Reports on dispensaries and lunatic asylums in the Province of Oudh - 1869-1876
Year: 1869
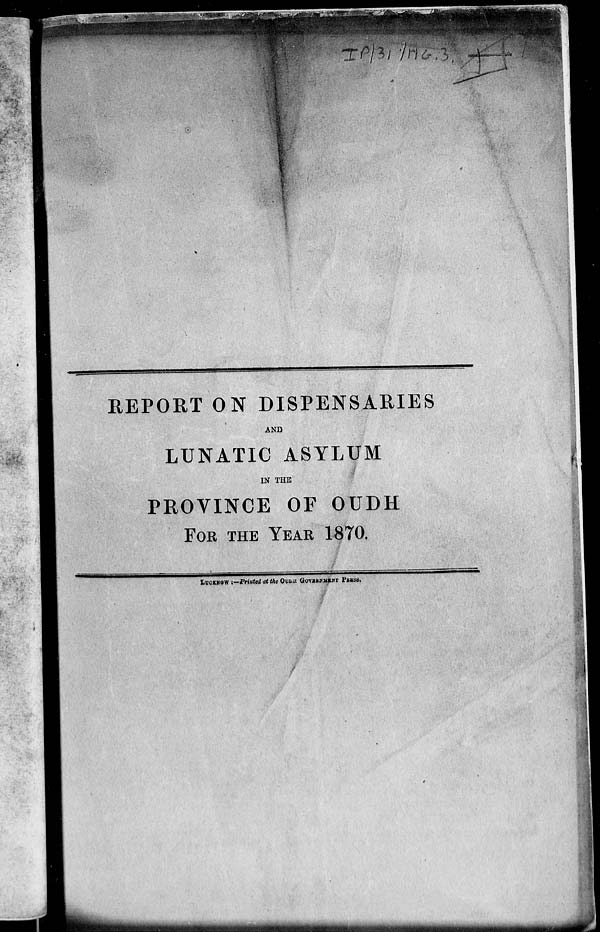
REPORT ON DISPENSARIES
AND
LUNATIC ASYLUM
IN THE
PROVINCE OF OUDH
FOR THE YEAR 1870.
LUCKNOW :—Printed on the OUDH GOVERNMENT PRESS.